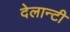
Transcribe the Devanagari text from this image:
देलान्टी